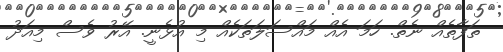
ތަފާތެއް ނެތް. ހަމަ އެއް މައްސަލަތަކެއް މި އުޅެނީ. އޭރު ވެސް މިއަދު